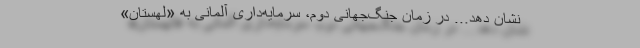
نشان دهد... در زمان جنگ‌جهانی دوم، سرمایه‌داری آلمانی به «لهستان»